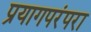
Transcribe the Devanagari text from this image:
प्रयागपरंपरा